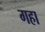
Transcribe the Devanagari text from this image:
गहा